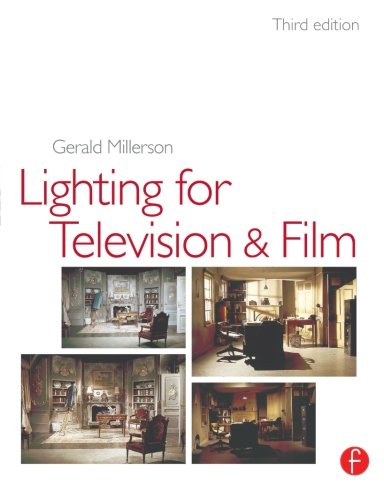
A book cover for Lighting for TV and Film; Gerald Millerson; Humor & Entertainment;